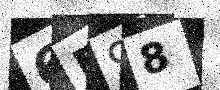
Text: 6B98